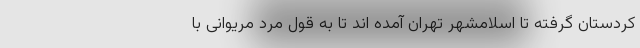
کردستان گرفته تا اسلامشهر تهران آمده اند تا به قول مرد مریوانی با